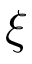
\xi